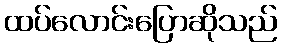
ထပ်လောင်းပြောဆိုသည်